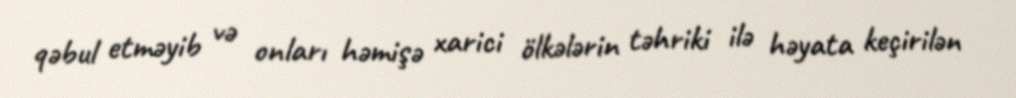
qəbul etməyib və onları həmişə xarici ölkələrin təhriki ilə həyata keçirilən